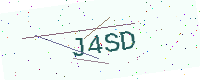
Text: J4SD